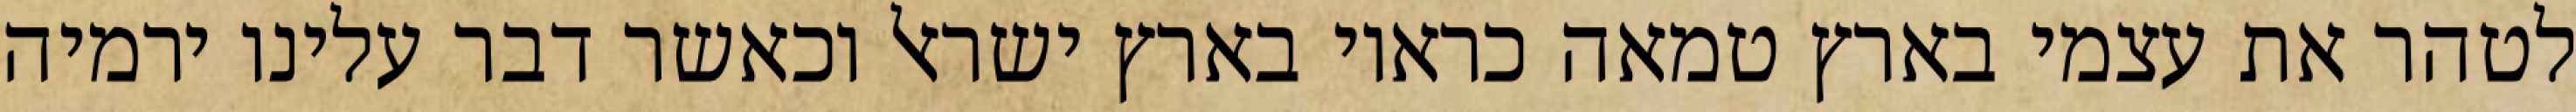
לטהר את עצמי בארץ טמאה כראוי בארץ ישראל וכאשר דבר עלינו ירמיה